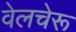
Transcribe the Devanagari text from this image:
वेलचेरू